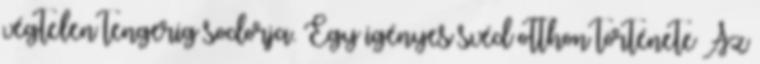
végtelen tengerig sodorja. Egy igényes svéd otthon története Az